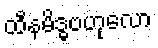
ထီနမိဒ္ဓဗဟုလော